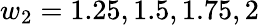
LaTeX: w_{2}=1.25,1.5,1.75,2